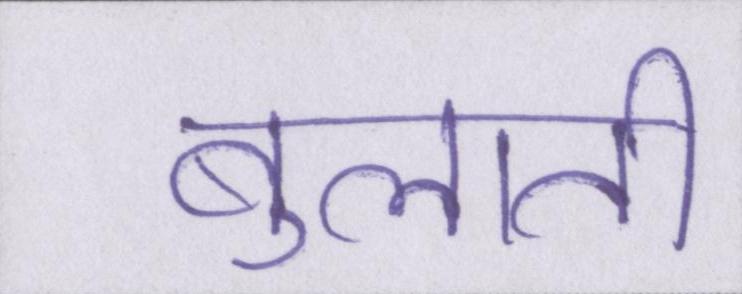
बुलाती